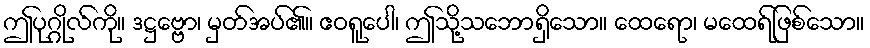
ဤပုဂ္ဂိုလ်ကို။ ဒဋ္ဌဗ္ဗော၊ မှတ်အပ်၏။ ဧဝရူပေါ၊ ဤသို့သဘောရှိသော။ ထေရော၊ မထေရ်ဖြစ်သော။